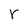
Character: r